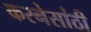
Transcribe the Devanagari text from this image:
करनेसांठी